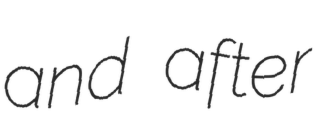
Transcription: and after